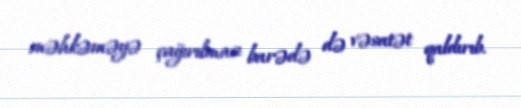
məhkəməyə çağırılması barədə də vəsatət qaldırıb.